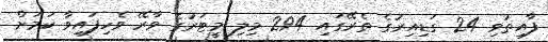
ފާއިތުވި 24 ގަޑިއިރުގެ ތެރޭގައި 294 މިލި މީޓަރުގެ ވާރޭ ވެހިފައިވާ ކަމަށް